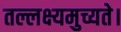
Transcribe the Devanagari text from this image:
तल्लक्ष्यमुच्यते।